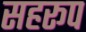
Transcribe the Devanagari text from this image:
सहरूप